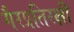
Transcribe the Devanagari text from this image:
गैरप्रतिरक्षी